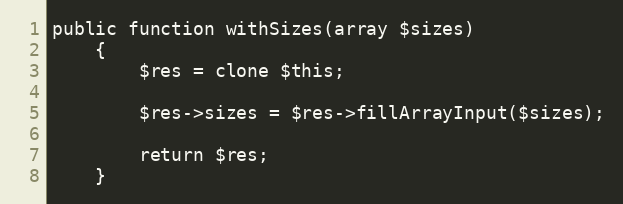
Language: PHP
public function withSizes(array $sizes)
    {
        $res = clone $this;

        $res->sizes = $res->fillArrayInput($sizes);

        return $res;
    }